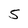
Character: 5